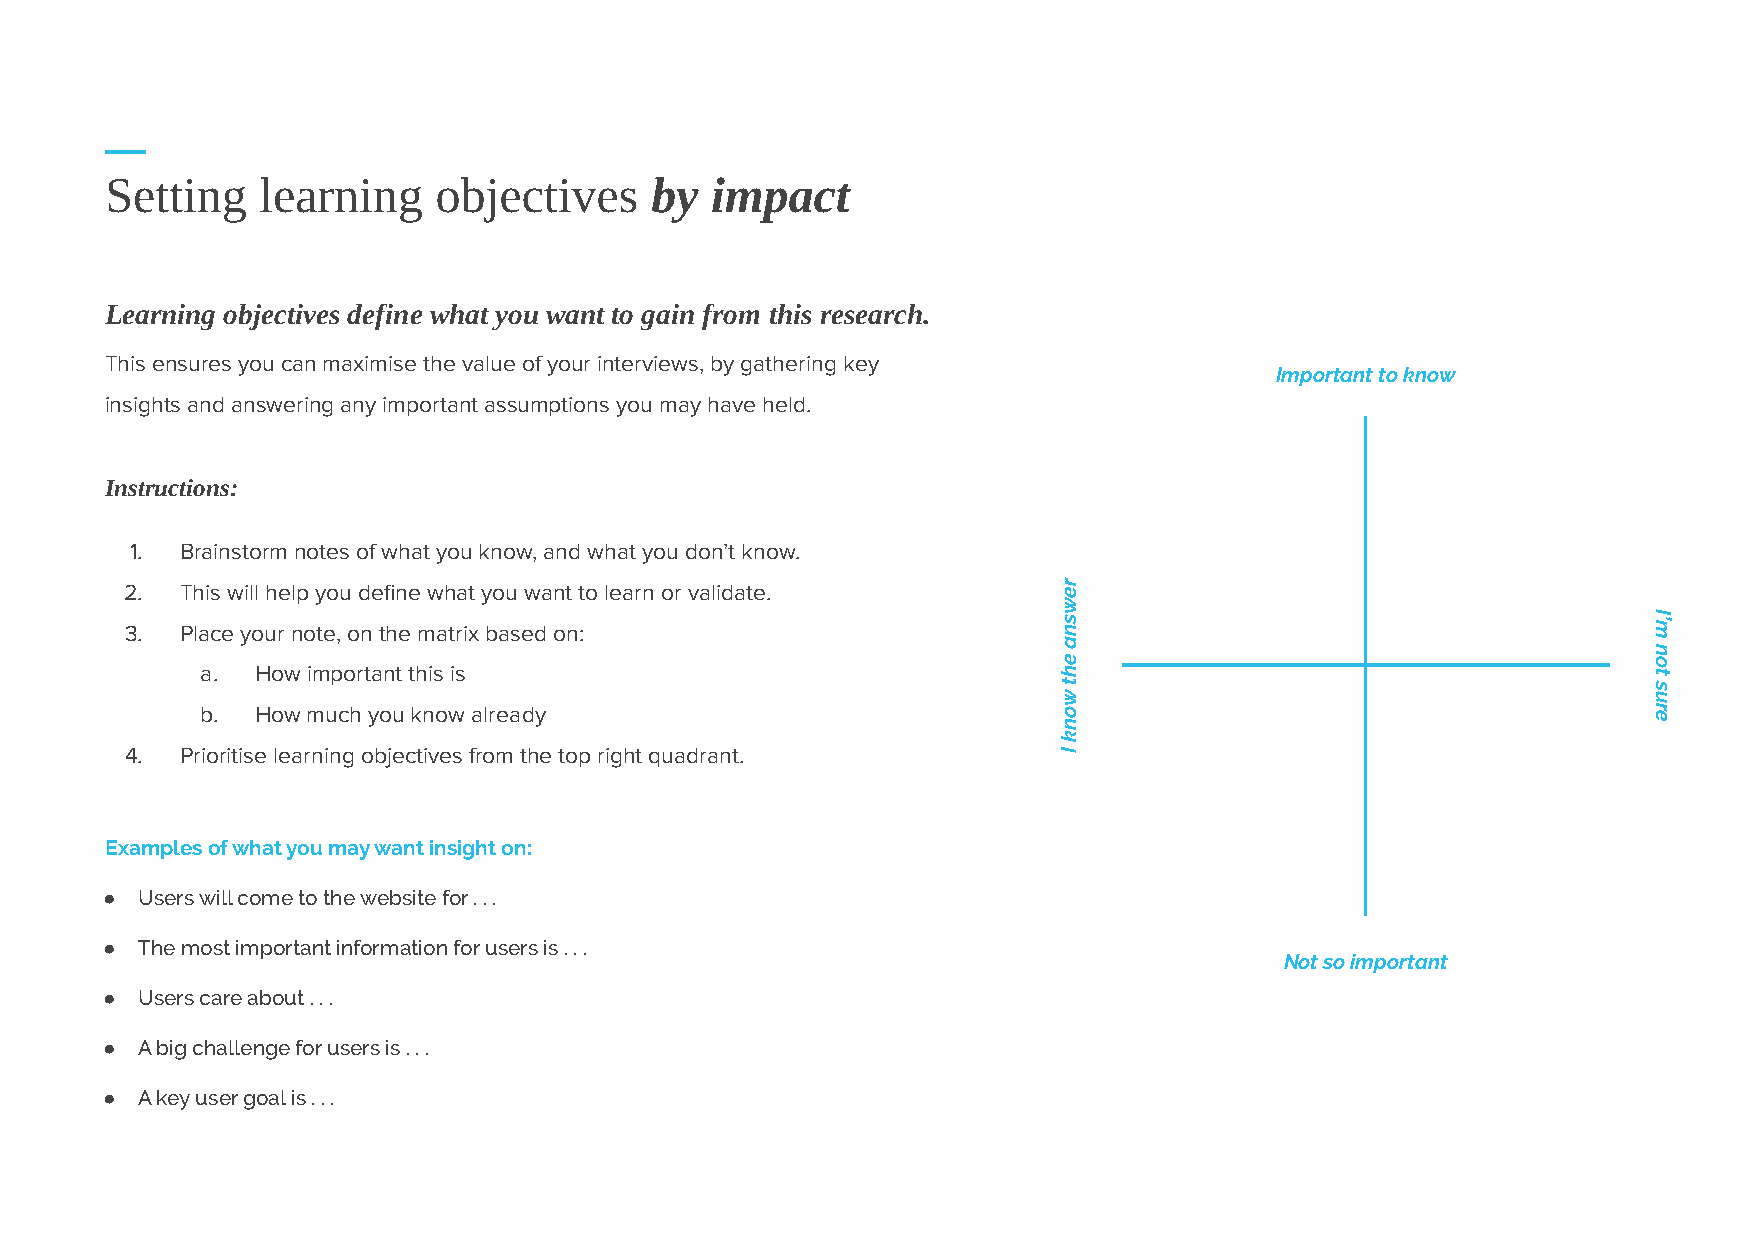
Setting   learning    objectives    by  impact
 Learning objectives define what you want to gain from this research.
 This ensures you can maximise the value of your interviews, by gathering key
 Important to know
 insights and answering any important assumptions you may have held.
 Instructions:
 1. Brainstorm notes of what you know, and what you don’t know.
 2.  This will help you define what you want to learn or validate.
 3.  Place your note, on the matrix based on:
 a.  How important this is
 b.  How much you know already
 4.  Prioritise learning objectives from the top right quadrant.
 Examples of what you may want insight on:
 ● Users will come to the website for . . .
 ● The most important information for users is . . .
 Not so important
 ● Users care about . . .
 ● A big challenge for users is . . .
 ● A key user goal is . . .
 rewsna
 eht
 wonk
 I
 I’m
 not
 sure